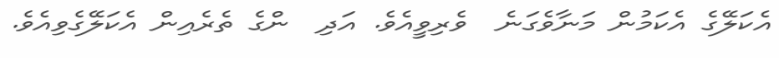
އެކަލޭގެ އެކަމުން މަނާވެގަނެ  ވެރިވީއެވެ. އަދި  ންގެ ތެރެއިން އެކަލޭގެވިއެވެ.